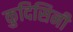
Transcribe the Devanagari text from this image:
कुदिसिनी